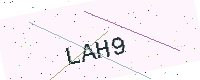
Text: LAH9